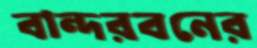
বান্দরবনের